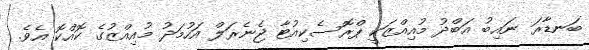
ބަނޑާރަ ނައިބު އަބްދު މުއިއްޒަކީ ޕްރޮސެކިއުޓާ ޖެނެރަލް އަހުމަދު މުއިއްޒުގެ ކޮއްކޮ އެވެ.